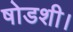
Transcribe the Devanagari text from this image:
षोडशी।